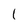
Character: l